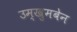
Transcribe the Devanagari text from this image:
उम्खुमबेन